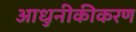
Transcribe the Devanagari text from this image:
आधुनीकीकरण